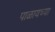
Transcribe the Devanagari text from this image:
पाळायच्या